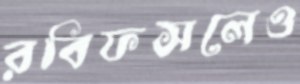
রবিফসলেও